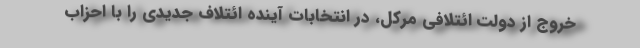
خروج از دولت ائتلافی مرکل، در انتخابات آینده ائتلاف جدیدی را با احزاب